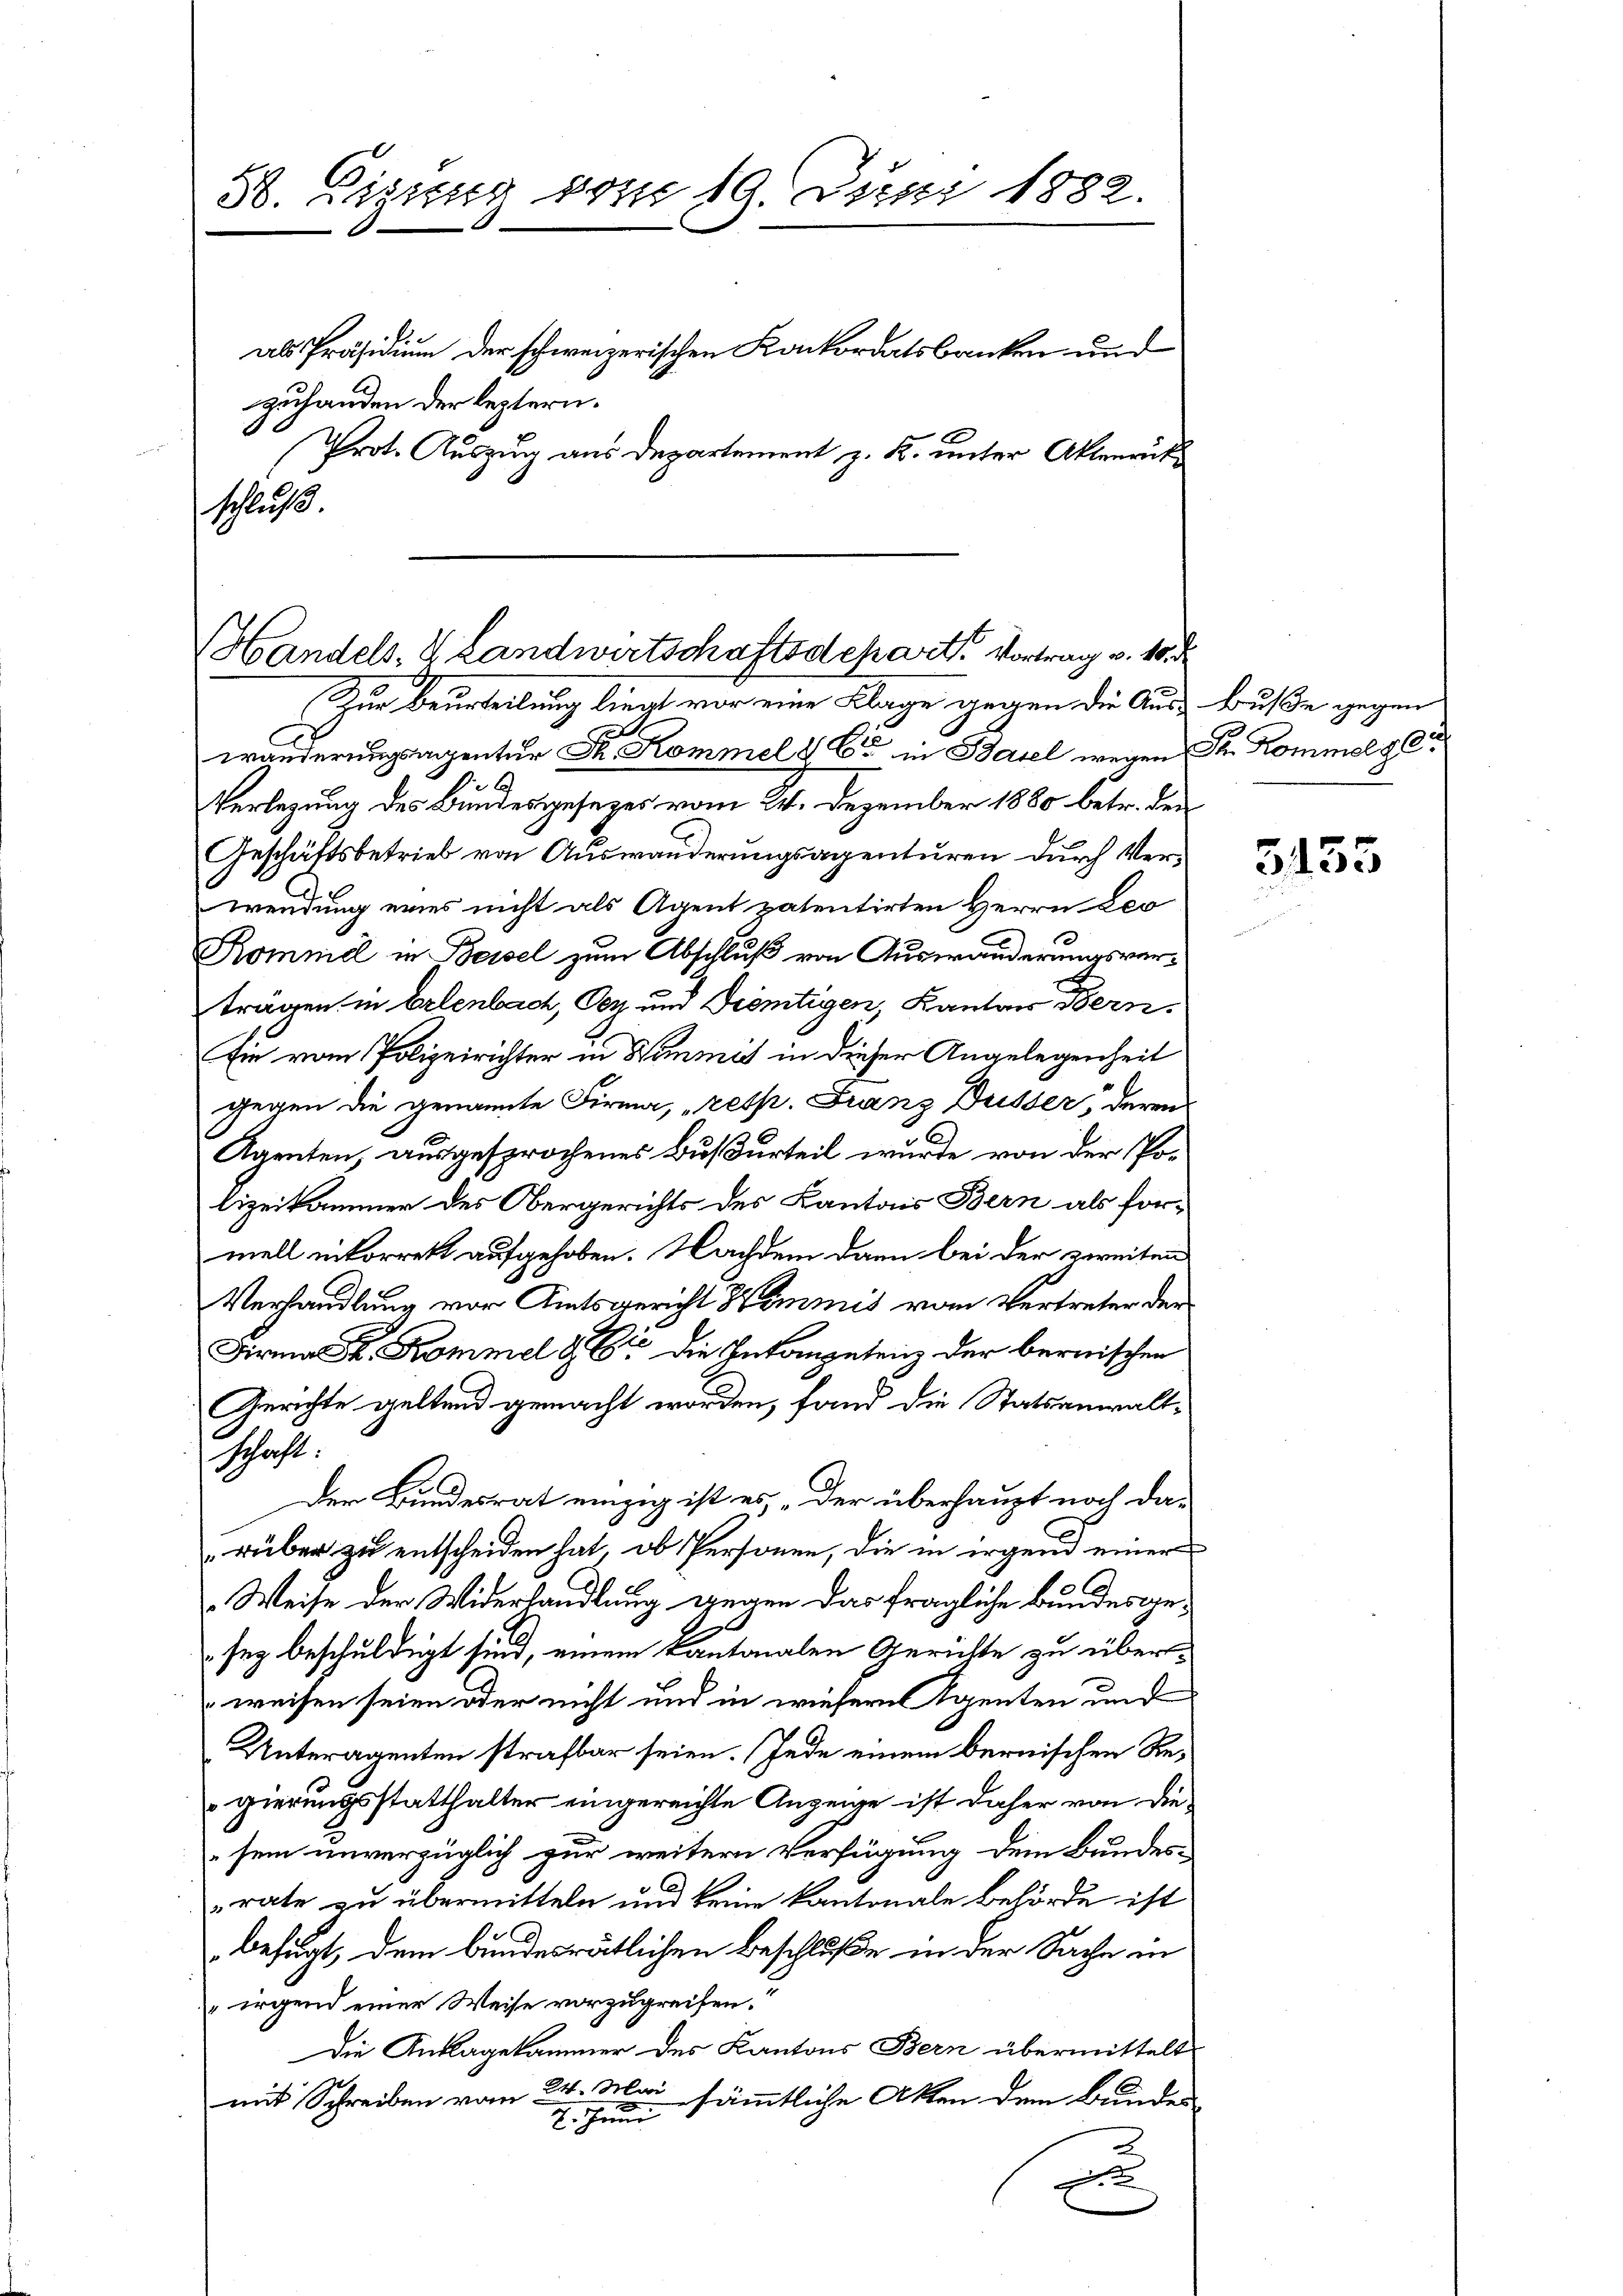
St. Ligung vom 19. Juni 1882.
als Präsidium der schweizerischen Konkordatsbanken und
zuhanden der leztern.
Prot. Auszug aus Departement z. B. unter Aktenruf
schluß.

Handels, 2 Landwirtschaftsdepart. Vortrag v. 10. d
Zur Beurteilung liegt vor eine Klage gegen die Aus- Buße gegen

wänderungsanzentur Sr. Kommel & Cie in Basel wegen Fr. Kommel ger
6
Verlegung des Bundesgesezes vom 24. Dezember 1880 betr. der¬
Geschäftsbetrieb von Auswanderungsagenturen durch Verwendung eines nicht als Agent patentirten Herrn Leo
Kommel in Bessel zum Abschluß von Auswanderungsverträgen in Erlenbach, Oen und dientigen, Kanton Bern.
Ein vom Polizeirichter in Kommit in dieser Angelegenheit
gegen die genannte Firma, resp. Franz Düsser, deren
Agenten, ausgesprochenes Bußurteil wurde von der Polizeikammer des Obergerichts des Kantons Bern als formell nitorrekt aufgehoben. Nachdem dann bei der zweiten
Verhandlung vor Amtsgericht Hemmnis vom Vertreter der
Firma H. Kommel & Cie die Inkompetenz der bernischen
Gerichte geltend gemacht worden, fand die Statsanwalt¬
Der Bundesrat einzig ist es „der überhaupt noch dac
rüber zu entscheiden hat, ob Personen, die in irgen einer
Weise der Widerhandlung gegen das fragliche Bundesgesey beschuldigt sind, einem Kantonalen Gerichte zu überweisen seien oder nicht und in wiesern Agenten und
Unteragenten strafbar seien. Jede einem bernischen Regierungsstatthalter eingereichte Anzeige ist daher von die
sein unverzüglich zur weitern Verfügung dem Bundes-
rate zu übermitteln und keine Kantonale Behörde ist
befugt, dem bundesrätlichen Beschluße in der Sache in
"irgend einer Weise vorzugreifen.
Die Anklagekammer des Kantons Bern übermittelt
mit Schreiben vom 24. Mai sämmtliche Akten dem Bundes-
2. Juni
u

schaft.

5153